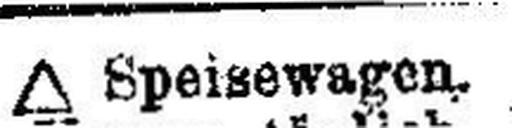
∆ Speisewagen.